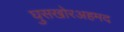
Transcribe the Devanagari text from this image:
घुसखोरअहमद